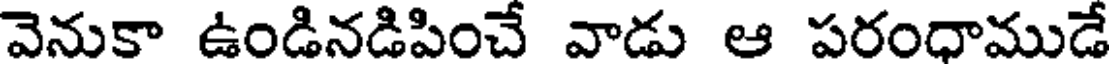
వెనుకా ఉండినడిపించే వాడు ఆ పరంధాముడే